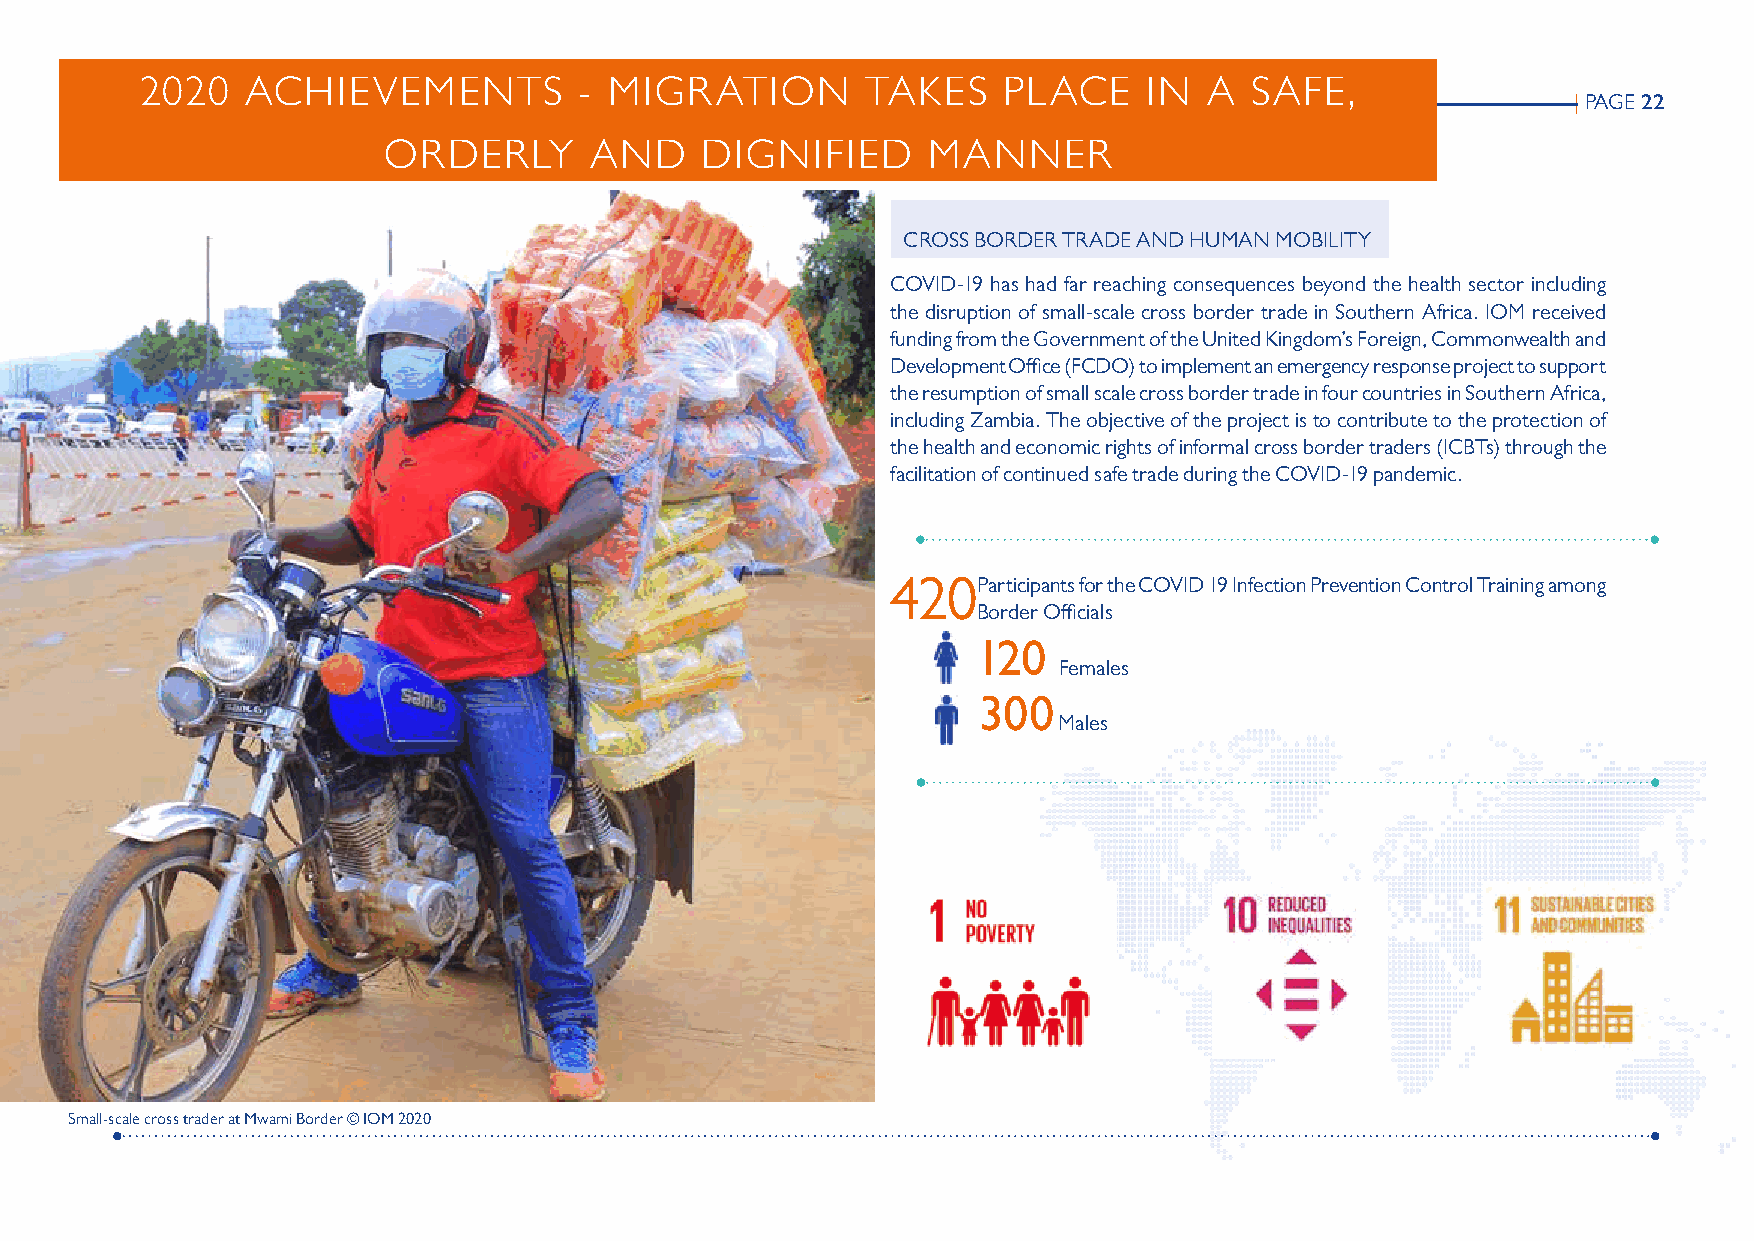
2020   ACHIEVEMENTS          - MIGRATION        TAKES    PLACE     IN  A  SAFE,
 | PAGE 22
 ORDERLY       AND    DIGNIFIED      MANNER
 CROSS BORDER TRADE AND HUMAN MOBILITY
 COVID-19 has had far reaching consequences beyond the health sector including
 the disruption of small-scale cross border trade in Southern Africa. IOM received
 funding from the Government of the United Kingdom’s Foreign, Commonwealth and
 Development Office (FCDO) to implement an emergency response project to support
 the resumption of small scale cross border trade in four countries in Southern Africa,
 including Zambia. The objective of the project is to contribute to the protection of
 the health and economic rights of informal cross border traders (ICBTs) through the
 facilitation of continued safe trade during the COVID-19 pandemic.
 420P  articipants for the COVID 19 Infection Prevention Control Training among
 Border Officials
 120
 Females
 300
 Males
 Small-scale cross trader at Mwami Border © IOM 2020